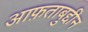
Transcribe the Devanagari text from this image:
आफ़ताबुद्दीन